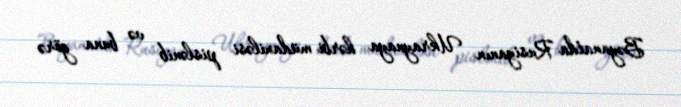
Bəyanatda Rusiyanın Ukraynaya hərbi müdaxiləsi pislənib və buna görə